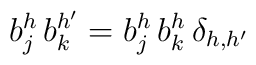
b^h_j\,b_k^{h'}=b^h_j\,b^h_k\,\delta_{h,h'}